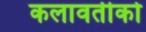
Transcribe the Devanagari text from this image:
कलावतीको